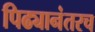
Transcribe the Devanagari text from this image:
पिढ्यानंतरच